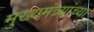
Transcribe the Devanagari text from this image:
मुख्यमंत्र्यांच्‍या